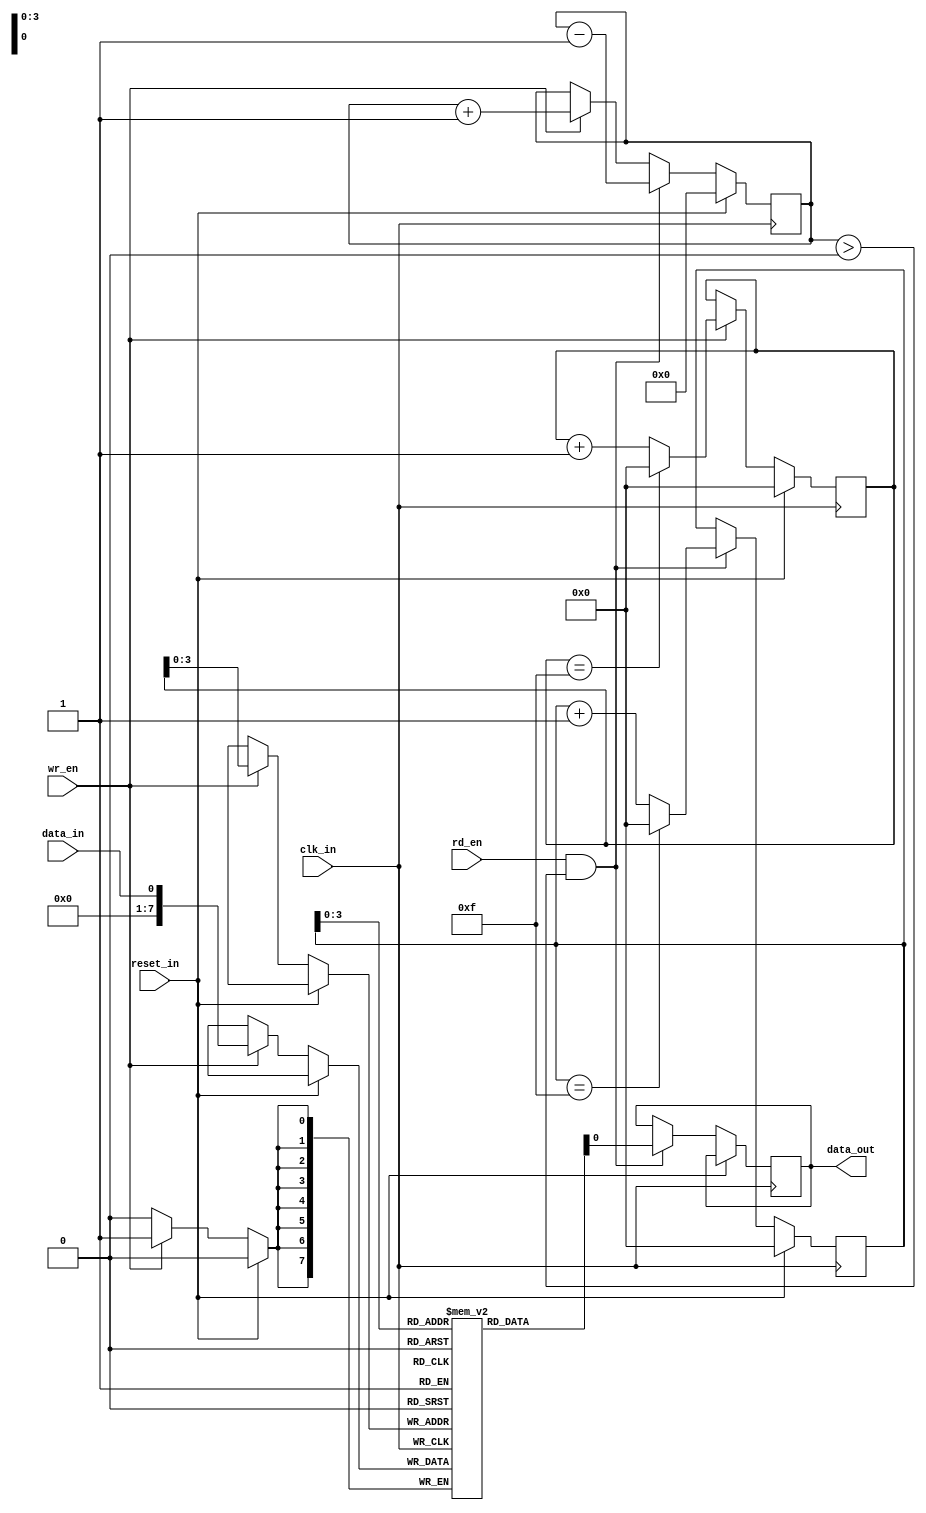
module fifo_sync (
    input wire clk_in,      // input clock signal
    input wire reset_in,    // input reset signal
    input wire data_in,     // input data signal
    input wire wr_en,       // write enable signal
    output reg data_out,    // output data signal
    input wire rd_en        // read enable signal
);

// Define internal signals and parameters
parameter WIDTH = 8;  // data width
parameter DEPTH = 16; // depth of FIFO

reg [WIDTH-1:0] fifo [0:DEPTH-1]; // define FIFO memory

reg [DEPTH-1:0] wr_ptr; // write pointer
reg [DEPTH-1:0] rd_ptr; // read pointer

reg [3:0] count; // counter to keep track of number of elements in FIFO

always @(posedge clk_in) begin
    if (reset_in) begin
        // Reset FIFO pointers and counter
        wr_ptr <= 0;
        rd_ptr <= 0;
        count <= 0;
    end else begin
        // Write data to FIFO when write enable is high
        if (wr_en) begin
            fifo[wr_ptr] <= data_in;
            wr_ptr <= (wr_ptr == DEPTH-1) ? 0 : wr_ptr + 1;
            count <= count + 1;
        end
        
        // Read data from FIFO when read enable is high
        if (rd_en && count > 0) begin
            data_out <= fifo[rd_ptr];
            rd_ptr <= (rd_ptr == DEPTH-1) ? 0 : rd_ptr + 1;
            count <= count - 1;
        end
    end
end

endmodule